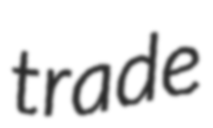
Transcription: trade